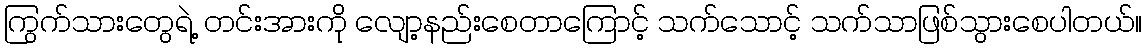
ကြွက်သားတွေရဲ့ တင်းအားကို လျော့နည်းစေတာကြောင့် သက်သောင့် သက်သာဖြစ်သွားစေပါတယ်။